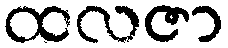
ထလဇာ